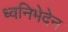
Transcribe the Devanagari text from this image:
ध्वनिभेदेन